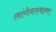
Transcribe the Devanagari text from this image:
लांगेनलथइमर